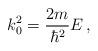
LaTeX: \begin{align*}k_{0}^{2} = \frac{2m}{\hbar^{2}}E\,,\end{align*}